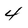
Character: 4